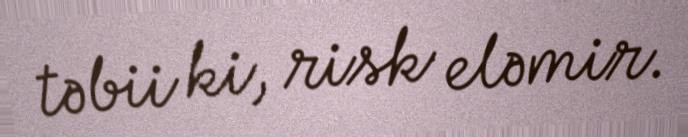
təbii ki, risk eləmir.